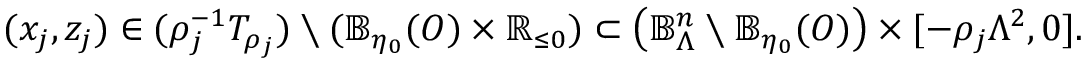
\begin{array} { r } { ( x _ { j } , z _ { j } ) \in ( \rho _ { j } ^ { - 1 } T _ { \rho _ { j } } ) \setminus ( \mathbb { B } _ { \eta _ { 0 } } ( O ) \times \mathbb { R } _ { \leq 0 } ) \subset \left( \mathbb { B } _ { \Lambda } ^ { n } \setminus \mathbb { B } _ { \eta _ { 0 } } ( O ) \right) \times [ - \rho _ { j } \Lambda ^ { 2 } , 0 ] . } \end{array}